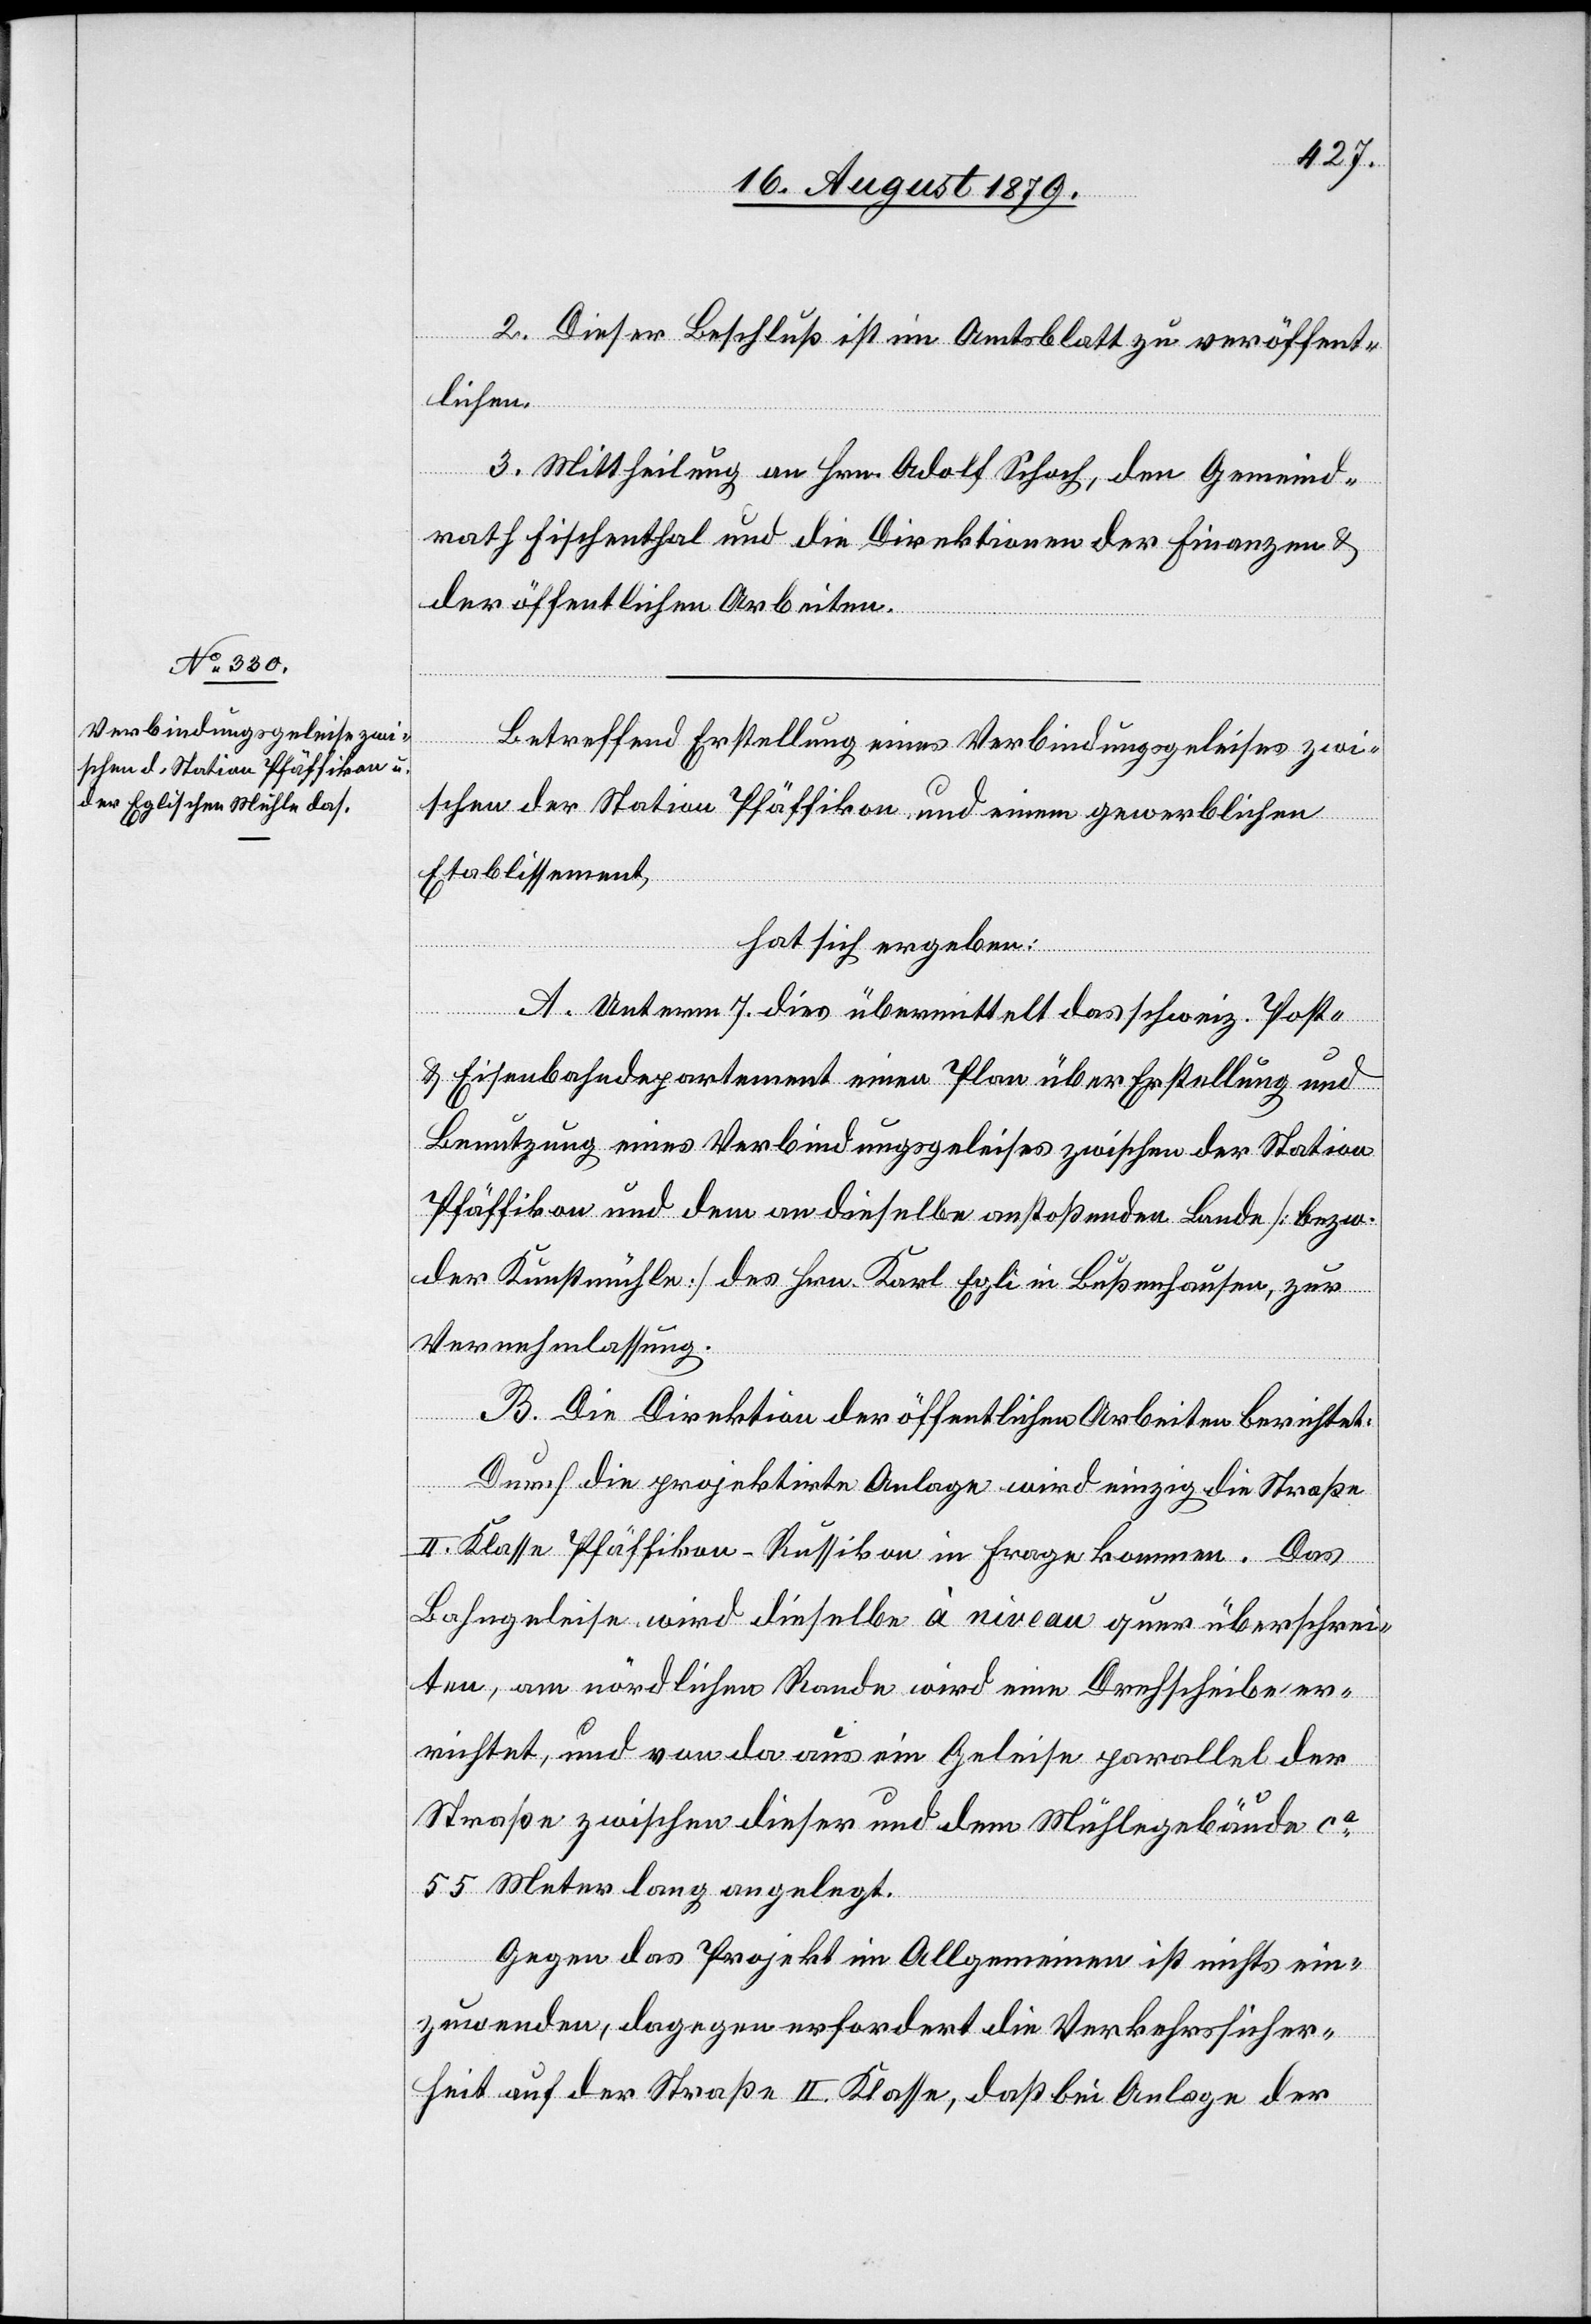
2. Dieser Beschluß ist im Amtsblatt zu veröffent¬
lichen.
3. Mittheilung an Hrn. Adolf Schoch, den Gemeind¬
rath Fischenthal und die Direktionen der Finanzen &
der öffentlichen Arbeiten.
Betreffend Erstellung eines Verbindungsgeleises zwi¬
schen der Station Pfäffikon und einem gewerblichen
Etablissement,
hat sich ergeben:
A. Unterm 7. dies übermittelt das schweiz. Post-
& Eisenbahndepartement einen Plan über Erstellung und
Benutzung eines Verbindungsgeleises zwischen der Station
Pfäffikon und dem an dieselbe anstoßenden Bunde [bezw.
der Kunstmühle] des Hrn. Karl Egli in Bußenhausen, zur
Vernehmlassung.
B. Die Direktion der öffentlichen Arbeiten berichtet:
Durch die projektirte Anlage wird einzig die Straße
II. Klasse Pfäffikon–Russikon in Frage kommen. Das
Bahngeleise wird dieselbe à niveau quer überschrei¬
ten, am nördlichen Rande wird eine Drehscheibe er¬
richtet, und von da aus ein Geleise parallel der
Straße zwischen dieser und dem Mühlegebäude ca
55 Meter lang angelegt.
Gegen das Projekt im Allgemeinen ist nichts ein¬
zuwenden, dagegen erfordert die Verkehrssicher¬
heit auf der Straße II. Klasse, daß bei Anlage der